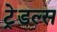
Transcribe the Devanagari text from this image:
ट्रेडल्स